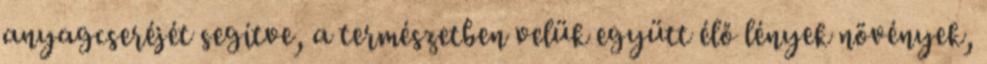
anyagcseréjét segítve, a természetben velük együtt élő lények növények,